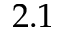
2 . 1